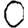
Digit: 0